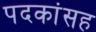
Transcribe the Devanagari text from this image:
पदकांसह